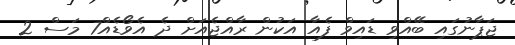
ޖަޕާނުގައި ބޭއްވި ޑައިވް ފެއާ އަކުން ރާއްޖެއަށް ދެ އެވޯޑެއް7 މަސް 2